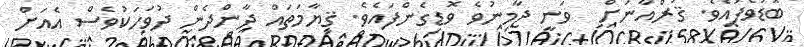
ބޮޑުވެފައެވެ. ޤުރްއާނަށް  ވަނީ ޖާމިނުވެ ވޮޑިގެންފައެވެ. ޤިޔާމަތައް ދާންދެން ދުވަހަކުވެސް އެއަށް